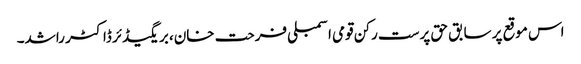
اس موقع پر سابق حق پرست رکن قومی اسمبلی فرحت خان، بریگیڈئر ڈاکٹر راشد۔